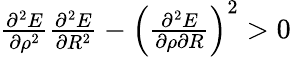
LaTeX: \begin{array}{r}{\frac{\partial^{2}E}{\partial\rho^{2}}\frac{\partial^{2}E}{\partial R^{2}}-\left(\frac{\partial^{2}E}{\partial\rho\partial R}\right)^{2}>0}\end{array}